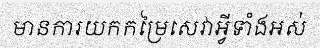
មានការយកកម្រៃសេវាអ្វីទាំងអស់